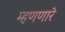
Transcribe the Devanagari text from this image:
म्हणणारे